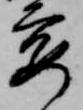
要